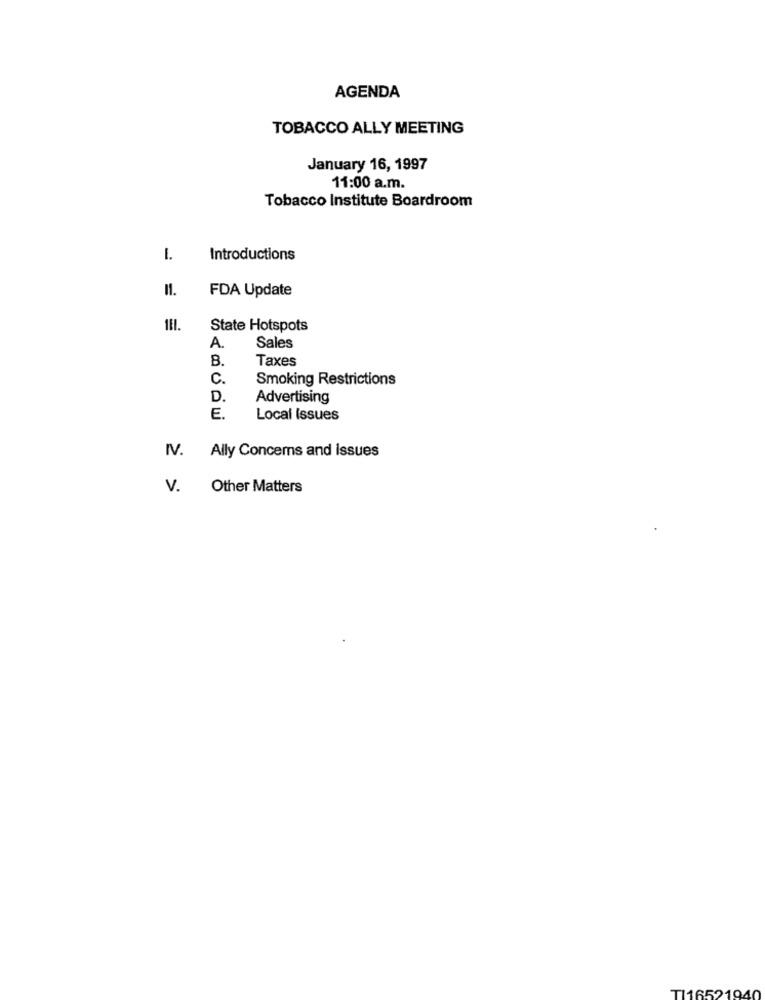
AGENDA
TOBACCO ALLY MEETING
January 16, 1997
11:00 a.m.
Tobacco Institute Boardroom
1.
Introductions
11.
FDA Update
State Hotspots
A.
Sales
B.
Taxes
C.
Smoking Restrictions
D.
Advertising
E.
Local Issues
IV. Ally Concems and issues
V.
Other Matters
TI16521940